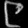
Digit: ၉